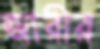
জারীর